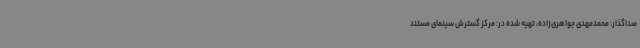
صداگذار: محمدمهدی جواهری‌زاده، تهیه شده در: مرکز گسترش سینمای مستند